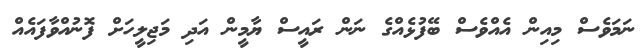
ނަމަވެސް މިއިން އެެއްވެސް ބޭފުޅެއްގެ ނަން ރައީސް ޔާމީން އަދި މަޖިލީހަށް ފޮނުއްވާފައެއް